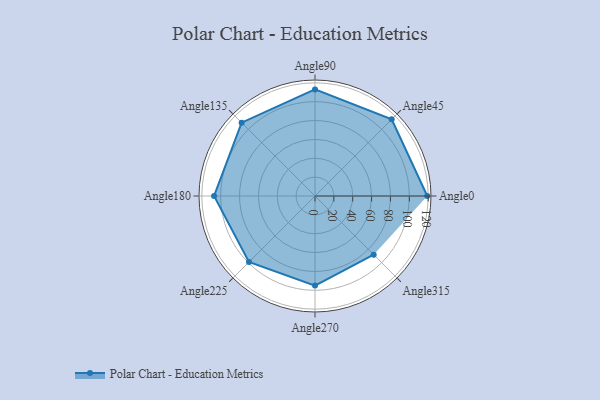
{"axis": {"x": "Angle", "y": "Radius"}, "legend": [""], "data": [{"x": "Angle0", "y": 119.0, "type": ""}, {"x": "Angle45", "y": 115.0, "type": ""}, {"x": "Angle90", "y": 113.0, "type": ""}, {"x": "Angle135", "y": 110.0, "type": ""}, {"x": "Angle180", "y": 107.0, "type": ""}, {"x": "Angle225", "y": 99.0, "type": ""}, {"x": "Angle270", "y": 95.0, "type": ""}, {"x": "Angle315", "y": 88.0, "type": ""}]}